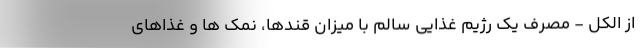
از الکل - مصرف یک رژیم غذایی سالم با میزان قندها، نمک ها و غذاهای